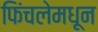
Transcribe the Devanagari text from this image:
फिंचलेमधून